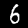
Digit: 6